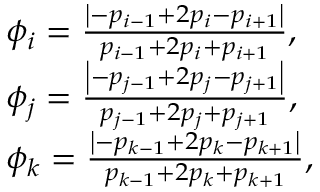
\begin{array} { r l } & { { \phi _ { i } = \frac { \left| - p _ { i - 1 } + 2 p _ { i } - p _ { i + 1 } \right| } { p _ { i - 1 } + 2 p _ { i } + p _ { i + 1 } } , } } \\ & { { \phi _ { j } = \frac { \left| - p _ { j - 1 } + 2 p _ { j } - p _ { j + 1 } \right| } { p _ { j - 1 } + 2 p _ { j } + p _ { j + 1 } } , } } \\ & { { \phi _ { k } = \frac { \left| - p _ { k - 1 } + 2 p _ { k } - p _ { k + 1 } \right| } { p _ { k - 1 } + 2 p _ { k } + p _ { k + 1 } } , } } \end{array}